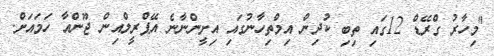
"މިހާރު ގްރޭޑް 12ގައި ތިބި ކުދިން އިމްތިހާނުގައި އިށީންނާނެ އޭޕްރީލްއިން ޖޫންއާ ހަމައަށް.